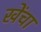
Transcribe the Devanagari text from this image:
खेंचा